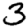
Digit: 3